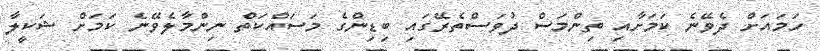
ހަމައަށް ދެވޭނެ ކަމަށާއި ތިންމަސް ދުވަސްތެރޭގައި ބިޑިންގެ މަސައްކަތް ނިންމާލެވޭނެ ކަމަށް ޝަކީލާ